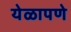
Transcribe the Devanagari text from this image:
येळापणे